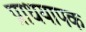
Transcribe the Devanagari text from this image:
प्राधयापक